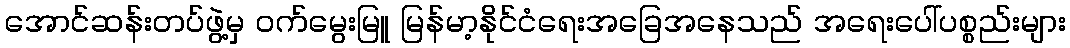
အောင်ဆန်းတပ်ဖွဲ့မှ ဝက်မွေးမြူ မြန်မာ့နိုင်ငံရေးအခြေအနေသည် အရေးပေါ်ပစ္စည်းများ